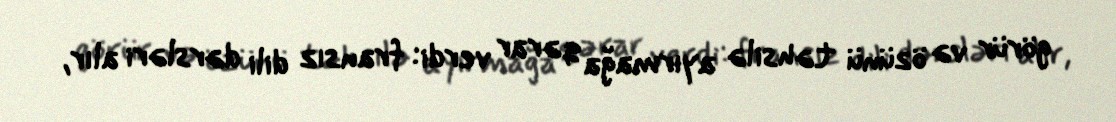
görür və özünü təhsilə ayırmağa qərar verdi: fransız dili dərsləri alır,